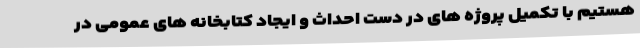
هستیم با تکمیل پروژه های در دست احداث و ایجاد کتابخانه های عمومی در